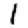
Digit: 1